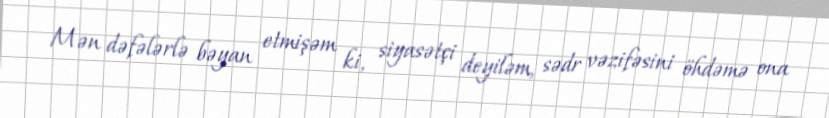
Mən dəfələrlə bəyan etmişəm ki, siyasətçi deyiləm, sədr vəzifəsini öhdəmə ona